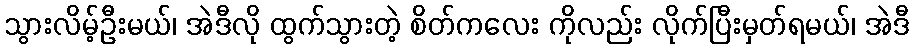
သွားလိမ့်ဦးမယ်၊ အဲဒီလို ထွက်သွားတဲ့ စိတ်ကလေး ကိုလည်း လိုက်ပြီးမှတ်ရမယ်၊ အဲဒီ